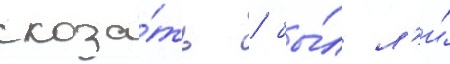
сказа́ть / бы́л л'и́